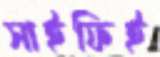
সাইফিই